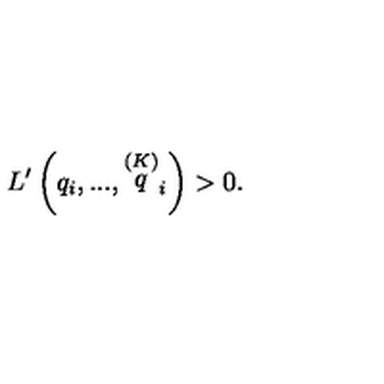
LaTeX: L ^ { \prime } \left( q _ { i } , . . . , \stackrel { \left( K \right) } { q } _ { i } \right) > 0 .